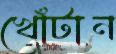
খোঁটান